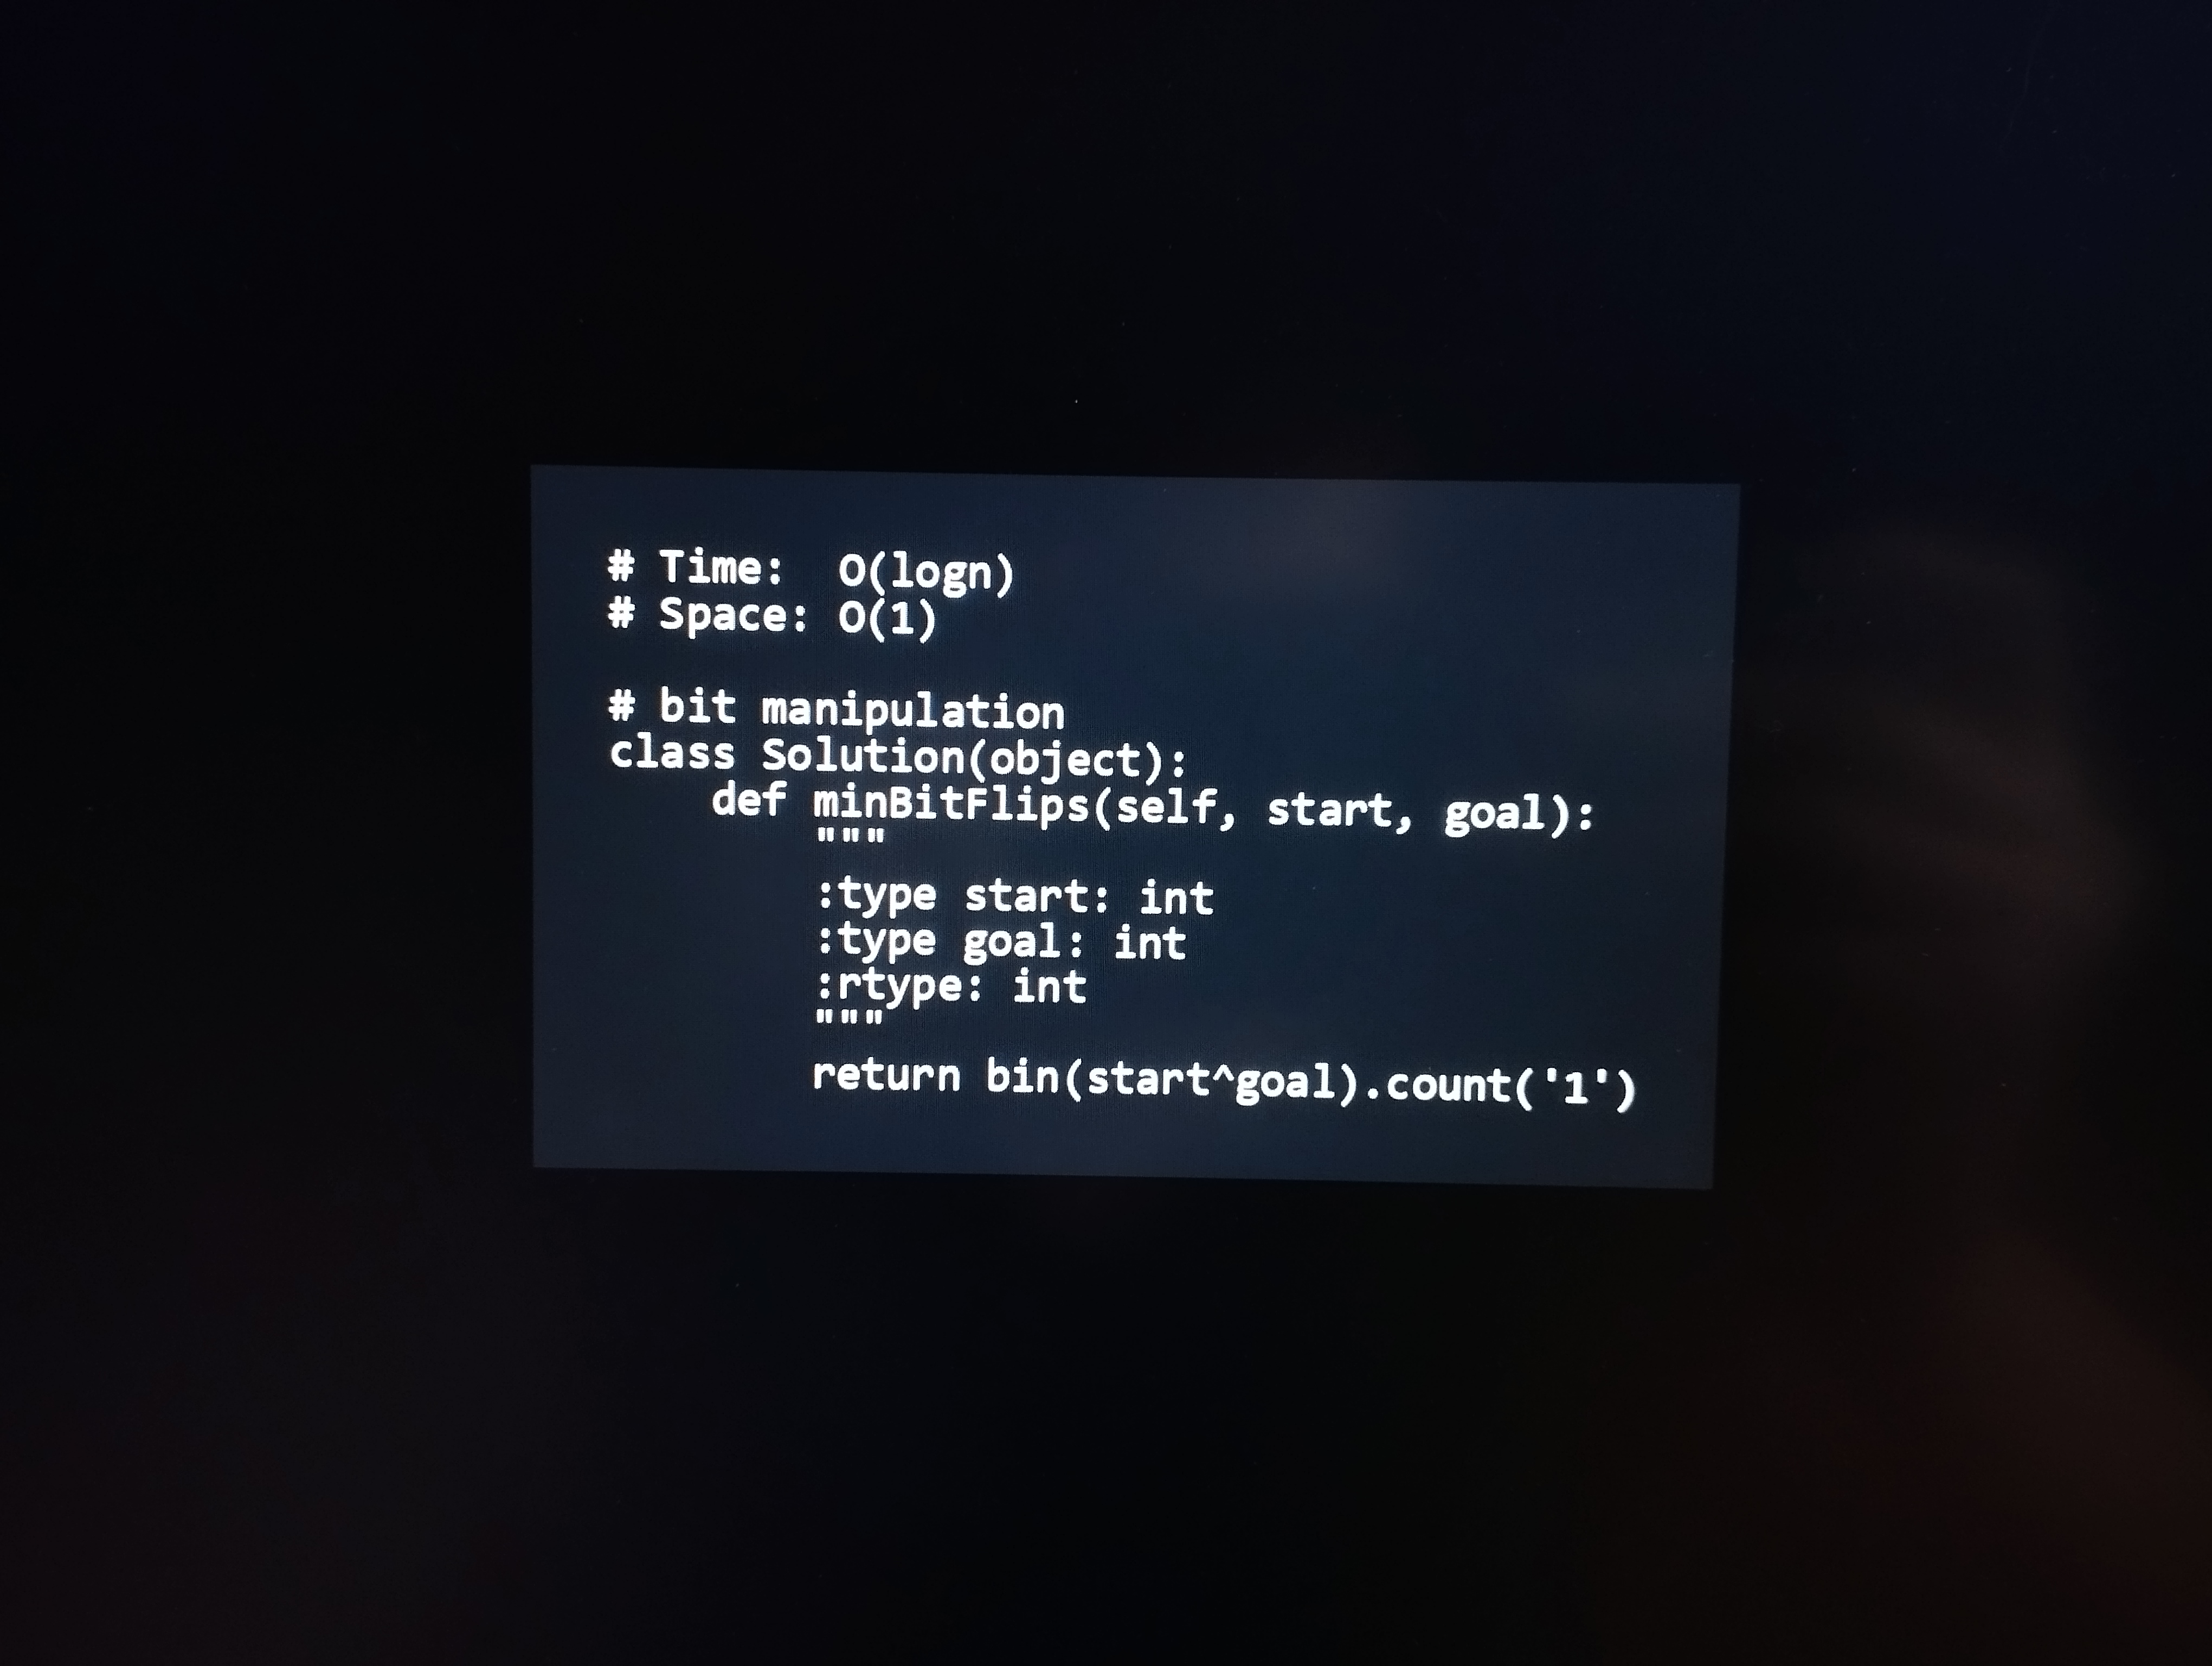
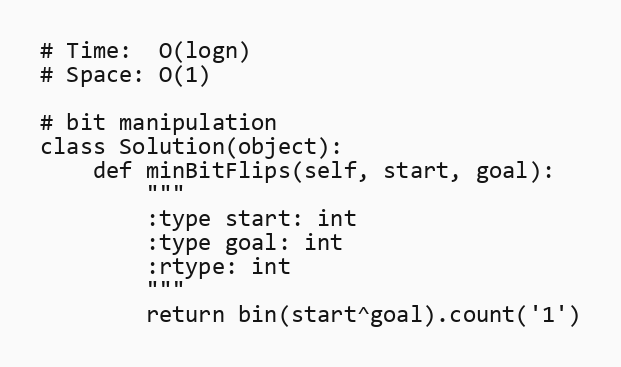
# Time:  O(logn)
# Space: O(1)

# bit manipulation
class Solution(object):
    def minBitFlips(self, start, goal):
        """
        :type start: int
        :type goal: int
        :rtype: int
        """
        return bin(start^goal).count('1')